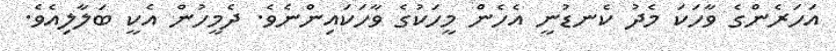
އަހަރެންގެ ވާހަކަ މެދު ކެނޑުނީ އެހެން މީހަކުގެ ވާހަކައިންނެވެ. ދެމީހުން އެކީ ބަލާލިއެވެ.